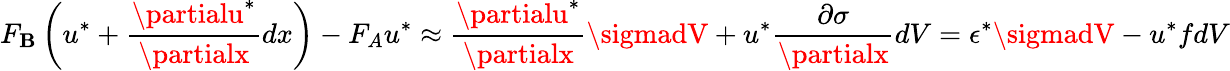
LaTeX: F_{\mathbf{B}}\left(u^{*}+{\frac{{\partialu^{*}}}{{\partialx}}}dx\right)-F_{A}u^{*}\approx{\frac{{\partialu^{*}}}{{\partialx}}}\sigmadV+u^{*}{\frac{{\partial\sigma}}{{\partialx}}}dV=\epsilon^{*}\sigmadV-u^{*}fdV